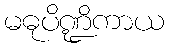
မဓုပိဏ္ဍိကာယ